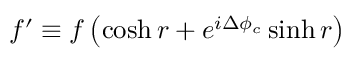
f ^ { \prime } \equiv f \left( \cosh r + e ^ { i \Delta \phi _ { c } } \sinh r \right)